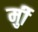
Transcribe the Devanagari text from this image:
र्मुी